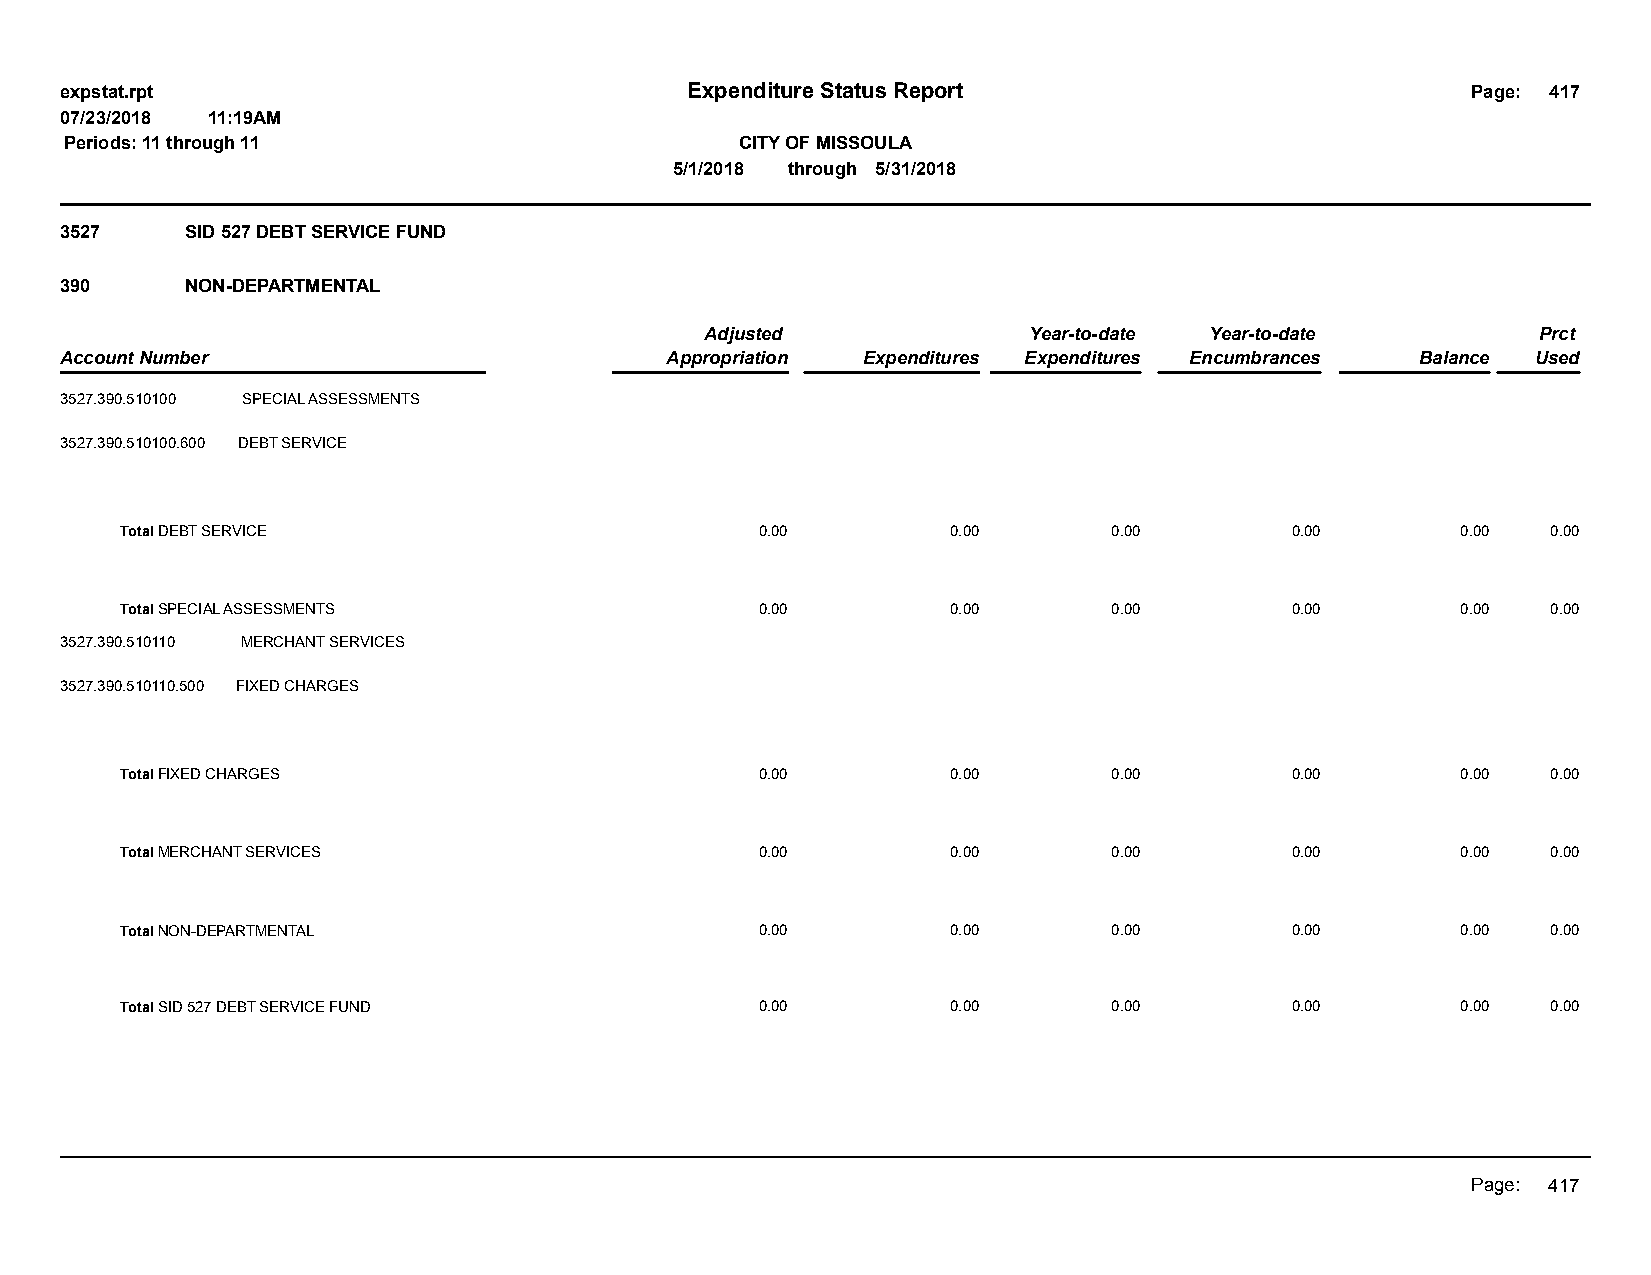
expstat.rpt                              Expenditure Status Report                           Page: 417
 07/23/2018 11:19AM
 Periods: 11 through 11                       CITY OF MISSOULA
 5/1/2018 through 5/31/2018
 3527    SID 527 DEBT SERVICE FUND
 390     NON-DEPARTMENTAL
 Adjusted             Year-to-date Year-to-date         Prct
 Account Number                          Appropriation Expenditures Expenditures Encumbrances Balance Used
 3527.390.510100 SPECIAL ASSESSMENTS
 3527.390.510100.600 DEBT SERVICE
 Total DEBT SERVICE                        0.00         0.00       0.00       0.00        0.00  0.00
 Total SPECIAL ASSESSMENTS                 0.00         0.00       0.00       0.00        0.00  0.00
 3527.390.510110 MERCHANT SERVICES
 3527.390.510110.500 FIXED CHARGES
 Total FIXED CHARGES                       0.00         0.00       0.00       0.00        0.00  0.00
 Total MERCHANT SERVICES                   0.00         0.00       0.00       0.00        0.00  0.00
 Total NON-DEPARTMENTAL                    0.00         0.00       0.00       0.00        0.00  0.00
 Total SID 527 DEBT SERVICE FUND           0.00         0.00       0.00       0.00        0.00  0.00
 Page: 417